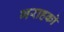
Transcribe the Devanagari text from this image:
गराहको